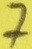
Text: 7